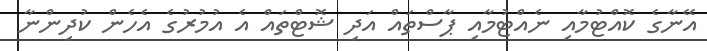
އޭނާގެ ކޮއްޓުމާއި ނެއްޓުމާއި ޕާސްތައް އަދި ޝޮޓްތައް އެ އުމުރުގެ އެހެން ކުދިންނާ